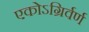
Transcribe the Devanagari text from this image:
एकोऽग्रिर्वर्ण